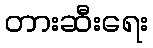
တားဆီးရေး